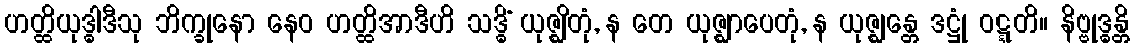
ဟတ္ထိယုဒ္ဓါဒီသု ဘိက္ခုနော နေဝ ဟတ္ထိအာဒီဟိ သဒ္ဓိံ ယုဇ္ဈိတုံ, န တေ ယုဇ္ဈာပေတုံ, န ယုဇ္ဈန္တေ ဒဋ္ဌုံ ဝဋ္ဋတိ။ နိဗ္ဗုဒ္ဓန္တိ